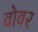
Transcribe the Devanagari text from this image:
वोवर